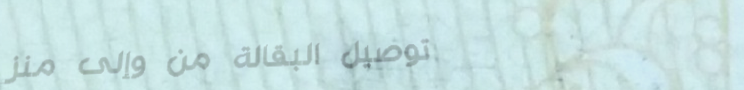
توصيل البقالة من وإلى منز